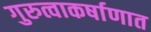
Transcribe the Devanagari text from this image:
गुरुत्वाकर्षाणात